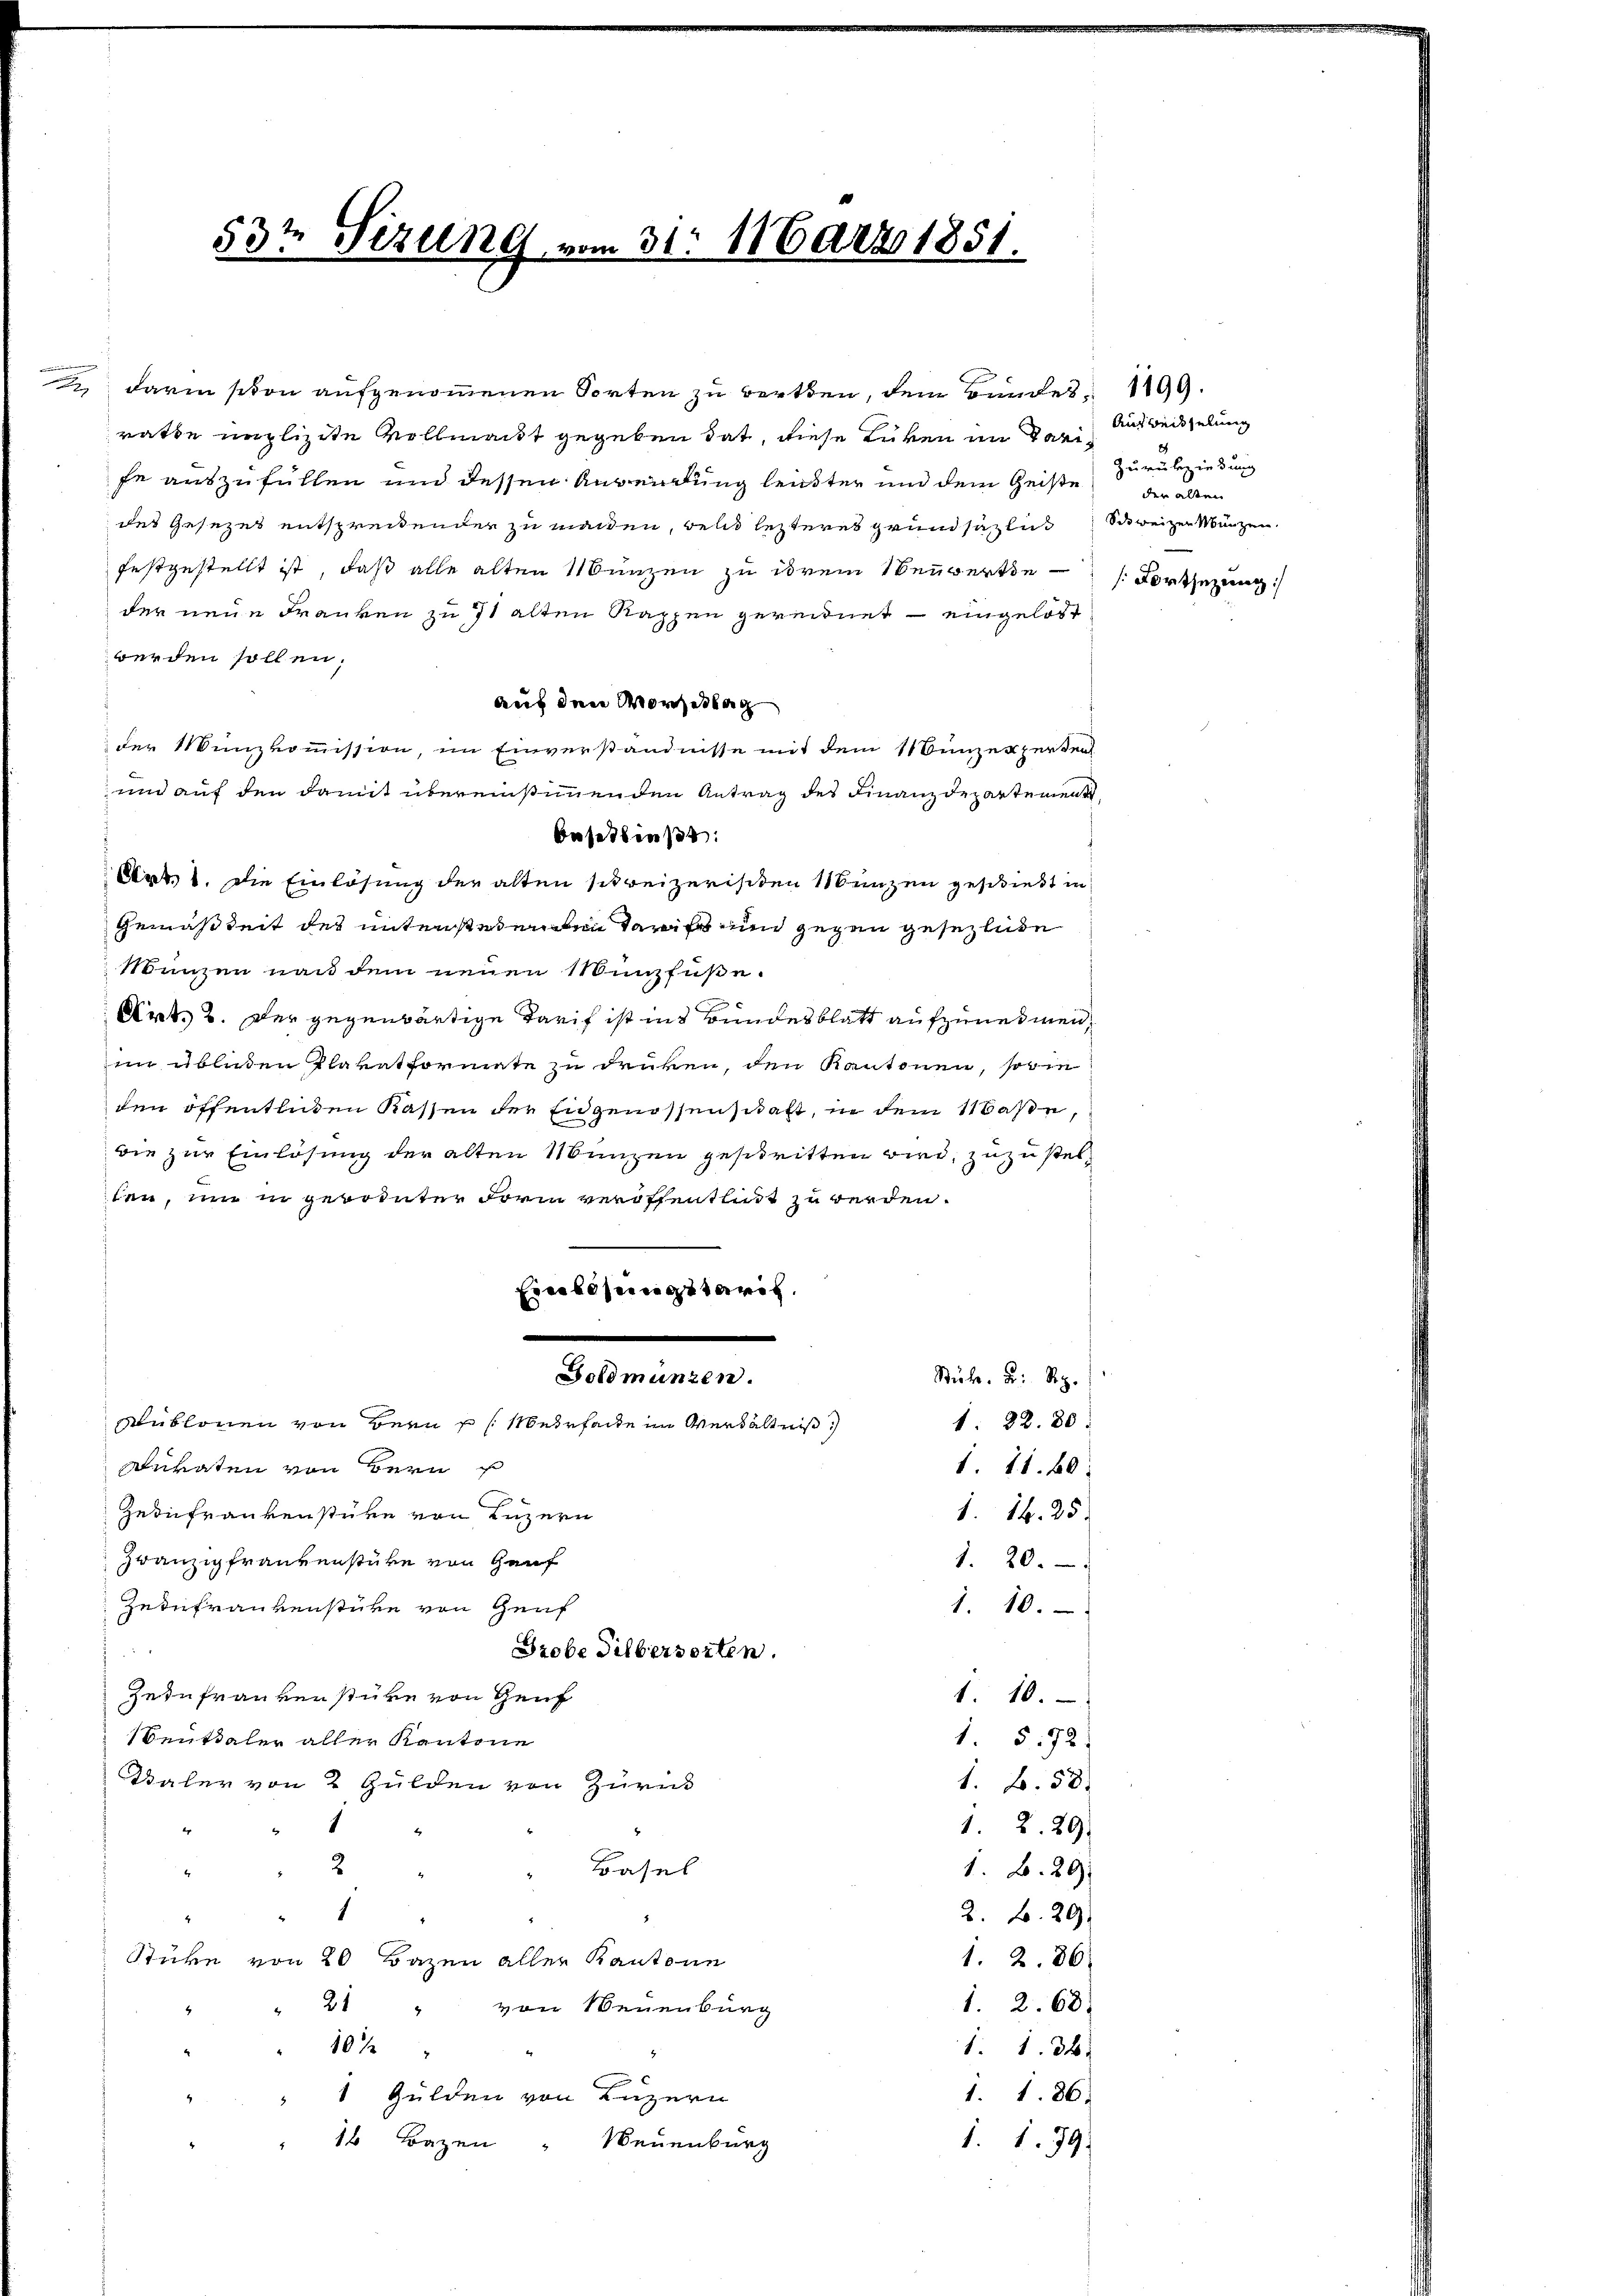
.

2
3o Sizung

31. März 1851.

darin schon aufgenommenen Sorten zu werden, dem Bundes 199.
rathe unplizite Vollmacht gegeben hat, diese Lücken im Sanife auszufüllen und dessen Anwendung leister und dem Geiste
des Gesezes entspreitender zu machen, bald letzteres Grundsätzlich Schweizer Münzen,
festgestellt ist, daß alle alten Münzen zu ihrem Neuwerte Fortsetzung
der neue Franken zu 71 alten Rappen gereidnet - eingelöst
werden sollen,
auf den Morgestag
der Münzkommission, im Einverständnisse mit dem Münzerperten
und auf den damit übereinstimmenden Antrag des Finanzdepartement
Besetzen:
Mar, 6. die Einlösung der alten schreizerischen Manzen geschiebt in
Gemäßheit des unterstehenden Tarif und gegen gesezlide
Manzen nach dem neuen Münzfuße.
Art. 3. Der gegenwärtige Tarif ist ins Bundesblatt aufzunehmen,
in übliden Plavatformate zu drücken, den Kantonen, sowie
den öffentlichen Kassen der Eidgenossenschaft, in dem Maße,
wie zur Einlösung der alten Manzen gestritten wird, zuzustelten, nur in gewohnter Form veröffentlicht zu werden.
Eine besingetari
.
Stük u. Reg.
Sublonen von Bern s. Mehrfache im Verhältniß
1. 22. 80.
Auraten von Bern
1. 11. 60
Gedichrankenstüke von Luzern
1. 14. 25.
zwanzigfrauenstüre von Genf
1. 20.
Zeiufrankenstüre von Genf
1. 10.
Grobe Silbersorten.
ge zu franken stüre von Genf
1. 10.
1. § 72
Benthaler aller Kantone
Daler von 2 Gulden von Zurück
1. B. 58.
1
1. 2. 29
2
Basel
1. B. 20
2. B. 20
Stüke von 20 Bazen aller Kantone
1. 2. 86.
1. 2. 68.
21 " von Neuenburg
1. 134
10 %
1. 186.
1 Gulden von Luzern
16 Bazen " Neuenburg
1.1.79

Ausweisselung
Zurückziehung
der alten